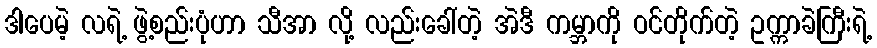
ဒါပေမဲ့ လရဲ့ ဖွဲ့စည်းပုံဟာ သီအာ လို့ လည်းခေါ်တဲ့ အဲဒီ ကမ္ဘာကို ဝင်တိုက်တဲ့ ဥက္ကာခဲကြီးရဲ့